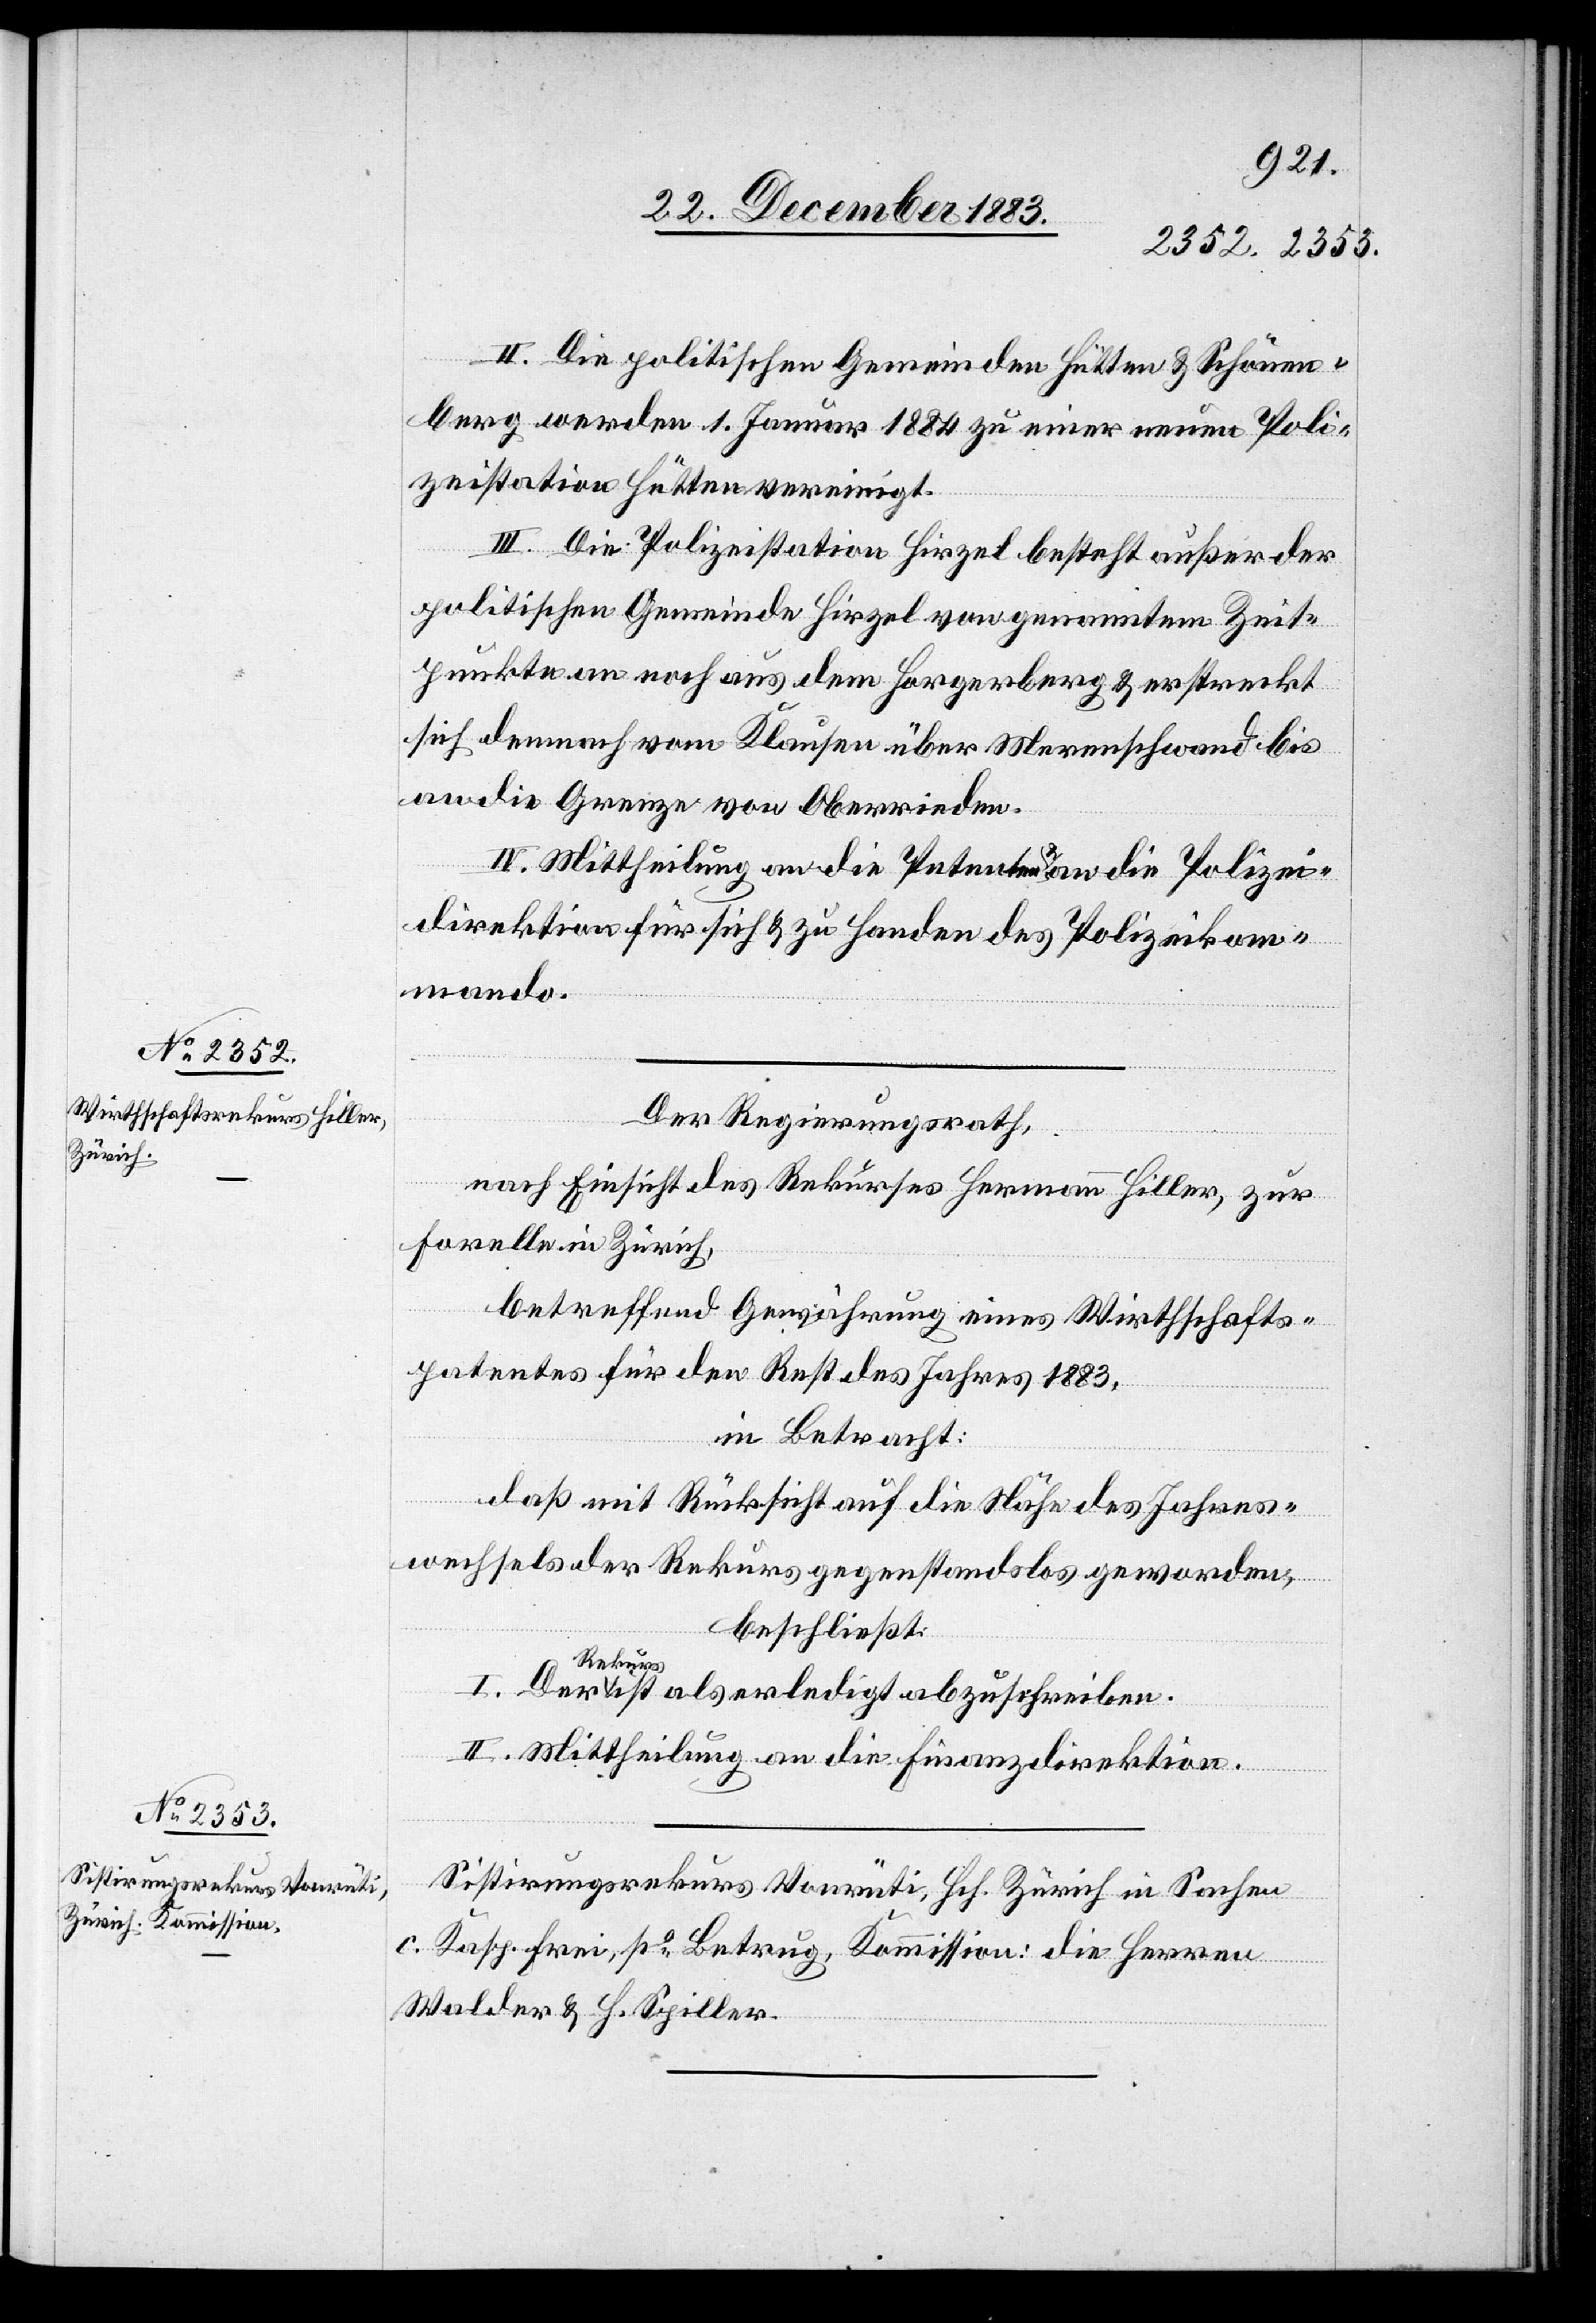
II. Die politischen Gemeinden Hütten & Schönen¬
berg werden 1. Januar 1884 zu einer neuen Poli¬
zeistation Hütten vereinigt.
III. Die Polizeistation Hirzel besteht außer der
politischen Gemeinde Hirzel von genanntem Zeit¬
punkte an noch aus dem Horgerberg & erstreckt
sich demnach vom Klausen über Merenschwand bis
an die Grenze von Oberrieden.
IV. Mittheilung an die Petenten & an die Polizei¬
direktion für sich & zu Handen des Polizeikom¬
mando.
Der Regierungsrath,
nach Einsicht des Rekurses Hermann Hiller, zur
Forelle in Zürich,
betreffend Gewährung eines Wirthschafts¬
patentes für den Rest des Jahres 1883,
in Betracht:
daß mit Rücksicht auf die Nähe des Jahres¬
wechsels der Rekurs gegenstandslos geworden,
beschließt:
I. Der Rekurs als erledigt abzuschreiben.
II. Mittheilung an die Finanzdirektion.
Sistirungsrekurs Vonrüti, Hch. Zürich in Sachen
c. Kasp. Frei, po Betrug, Kommission: die Herren
Walder & H. Spiller.